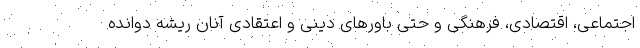
اجتماعی، اقتصادی، فرهنگی و حتی باورهای دینی و اعتقادی آنان ریشه دوانده